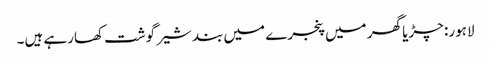
لاہور: چڑیا گھر میں پنجرے میں بند شیر گوشت کھارہے ہیں۔